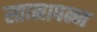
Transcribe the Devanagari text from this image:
स्तानापन्न